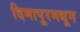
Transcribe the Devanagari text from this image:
दिमापूरमधून